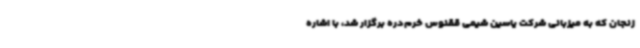
زنجان که به میزبانی شرکت یاسین شیمی ققنوس خرم‌دره برگزار شد، با اشاره